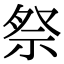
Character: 祭